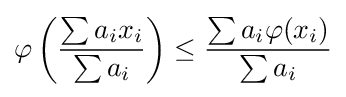
\varphi \left({\frac {\sum a_{i}x_{i}}{\sum a_{i}}}\right)\leq {\frac {\sum a_{i}\varphi (x_{i})}{\sum a_{i}}}